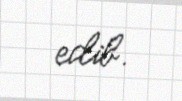
edib.